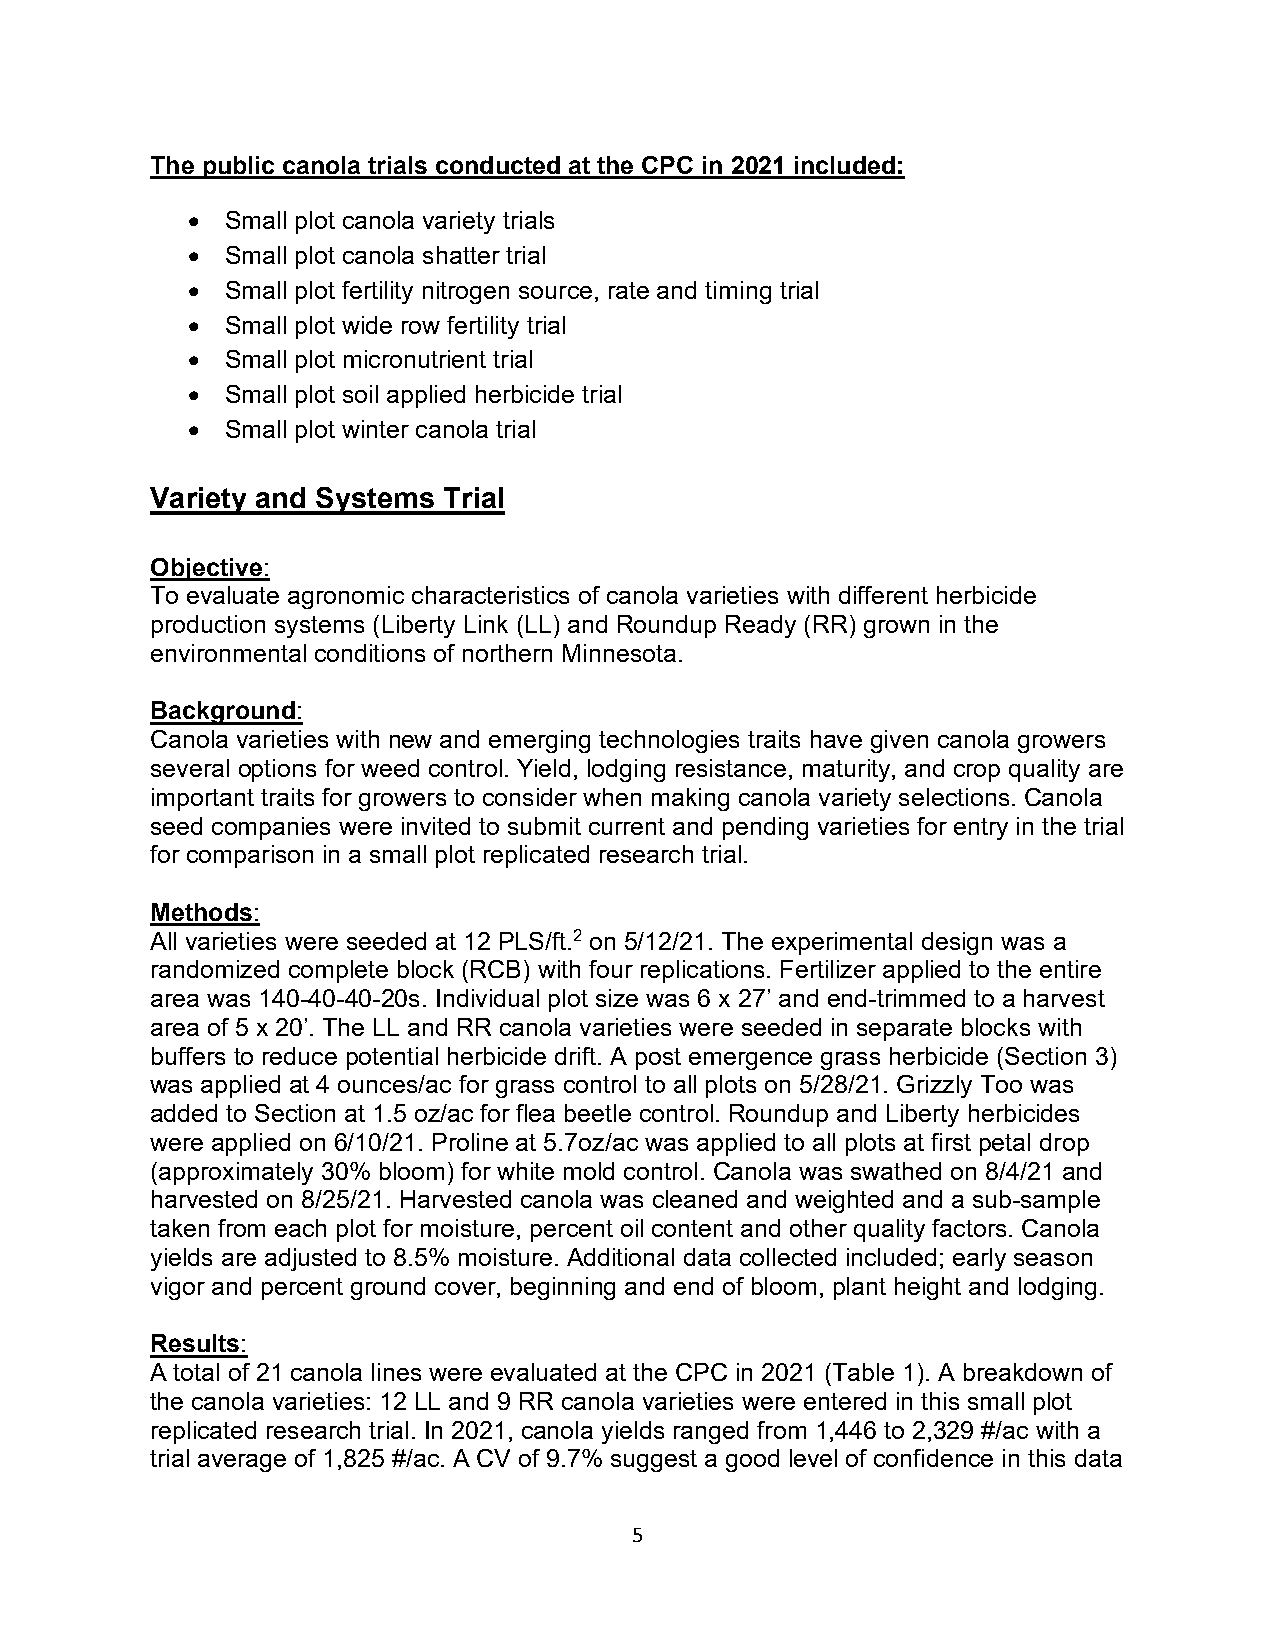
The public canola trials conducted at the CPC in 2021 included:
 •  Small plot canola variety trials
 •  Small plot canola shatter trial
 •  Small plot fertility nitrogen source, rate and timing trial
 •  Small plot wide row fertility trial
 •  Small plot micronutrient trial
 •  Small plot soil applied herbicide trial
 •  Small plot winter canola trial
 Variety and Systems Trial
 Objective:
 To evaluate agronomic characteristics of canola varieties with different herbicide
 production systems (Liberty Link (LL) and Roundup Ready (RR) grown in the
 environmental conditions of northern Minnesota.
 Background:
 Canola varieties with new and emerging technologies traits have given canola growers
 several options for weed control. Yield, lodging resistance, maturity, and crop quality are
 important traits for growers to consider when making canola variety selections. Canola
 seed companies were invited to submit current and pending varieties for entry in the trial
 for comparison in a small plot replicated research trial.
 Methods:
 All varieties were seeded at 12 PLS/ft.2 on 5/12/21. The experimental design was a
 randomized complete block (RCB) with four replications. Fertilizer applied to the entire
 area was 140-40-40-20s. Individual plot size was 6 x 27’ and end-trimmed to a harvest
 area of 5 x 20’. The LL and RR canola varieties were seeded in separate blocks with
 buffers to reduce potential herbicide drift. A post emergence grass herbicide (Section 3)
 was applied at 4 ounces/ac for grass control to all plots on 5/28/21. Grizzly Too was
 added to Section at 1.5 oz/ac for flea beetle control. Roundup and Liberty herbicides
 were applied on 6/10/21. Proline at 5.7oz/ac was applied to all plots at first petal drop
 (approximately 30% bloom) for white mold control. Canola was swathed on 8/4/21 and
 harvested on 8/25/21. Harvested canola was cleaned and weighted and a sub-sample
 taken from each plot for moisture, percent oil content and other quality factors. Canola
 yields are adjusted to 8.5% moisture. Additional data collected included; early season
 vigor and percent ground cover, beginning and end of bloom, plant height and lodging.
 Results:
 A total of 21 canola lines were evaluated at the CPC in 2021 (Table 1). A breakdown of
 the canola varieties: 12 LL and 9 RR canola varieties were entered in this small plot
 replicated research trial. In 2021, canola yields ranged from 1,446 to 2,329 #/ac with a
 trial average of 1,825 #/ac. A CV of 9.7% suggest a good level of confidence in this data
 5